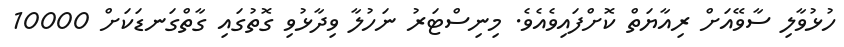
ހުޅުވާލި ސާވޭއަށް ރިއާޔަތް ކޮށްފައިވެއެވެ. މިނިސްޓަރު ނަހުލާ ވިދާޅުވި ގޮތުގައި ގާތްގަނޑަކަށް 10000